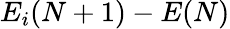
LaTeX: E_{i}(N+1)-E(N)